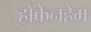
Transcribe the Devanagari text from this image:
होकेनहेम